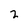
Character: 2